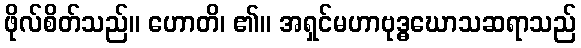
ဖိုလ်စိတ်သည်။ ဟောတိ၊ ၏။ အရှင်မဟာဗုဒ္ဓဃောသဆရာသည်